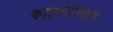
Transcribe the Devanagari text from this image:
काइनेटोस्कोप